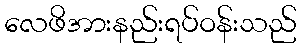
လေဖိအားနည်းရပ်ဝန်းသည်